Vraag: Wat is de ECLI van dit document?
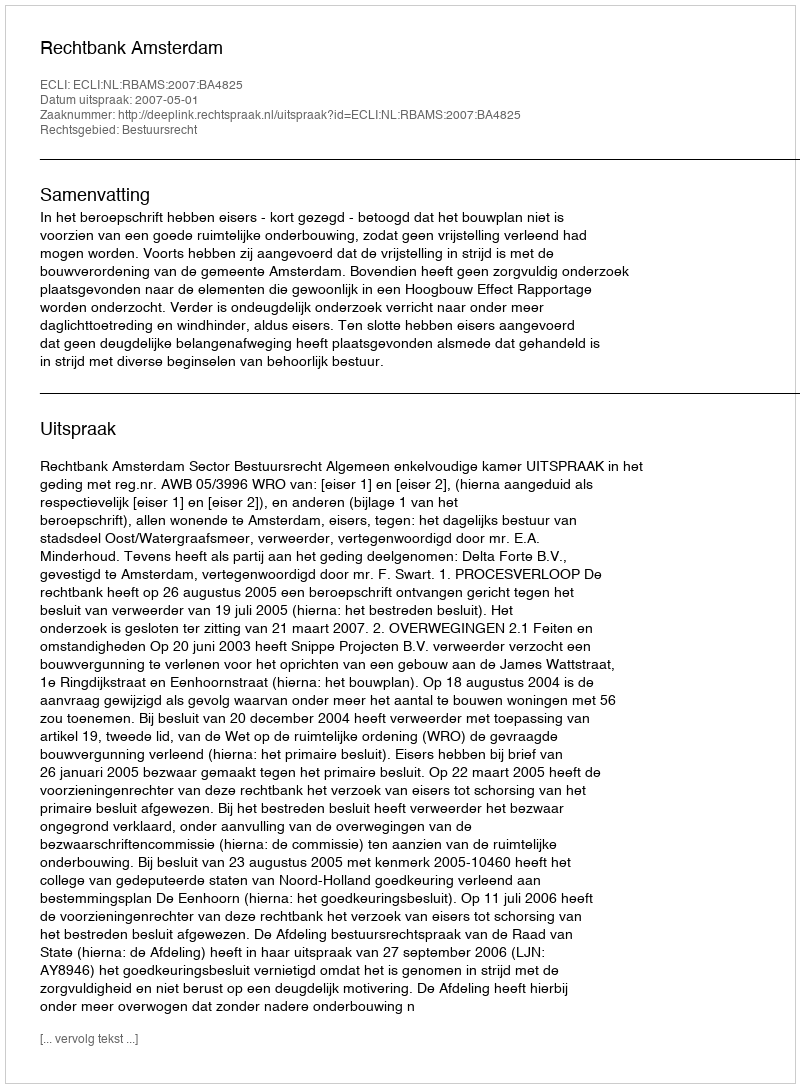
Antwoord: ECLI:NL:RBAMS:2007:BA4825